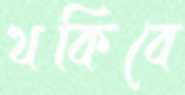
থকিবে